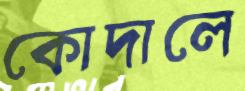
কোদালে